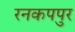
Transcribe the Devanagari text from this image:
रनकपपुर